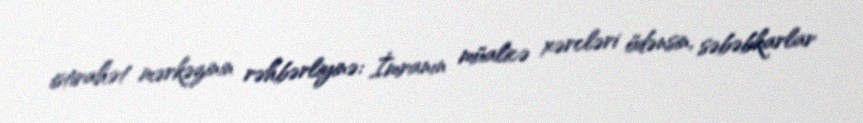
istirahət mərkəzinin rəhbərliyinə: İmranın müalicə xərcləri ödənsin, səbəbkarlar